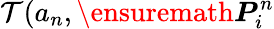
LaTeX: \mathcal{T}(a_{n},\ensuremath{\boldsymbol{P}}_{i}^{n}